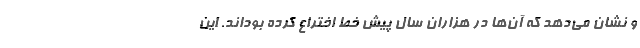
و نشان می‌دهد که آن‌ها در هزاران سال پیش خط اختراع کرده بوداند. این